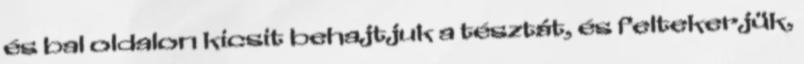
és bal oldalon kicsit behajtjuk a tésztát, és feltekerjük,